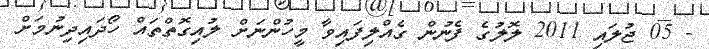
- 05 ޖުލައި 2011 ލޮލުގެ ފެނުން ގެއްލިފައިވާ މީހުންނަށް ލުއިގޮތްތައް ހޯދައިދިނުމަށް